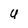
Character: U